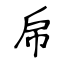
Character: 帍